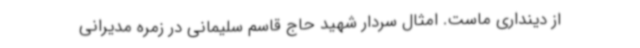
از دینداری ماست. امثال سردار شهید حاج قاسم سلیمانی در زمره مدیرانی